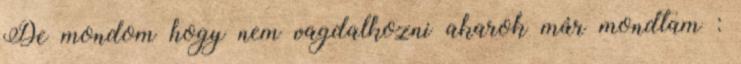
De mondom hogy nem vagdalkozni akarok már mondtam :